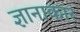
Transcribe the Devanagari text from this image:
ज्ञानाकार